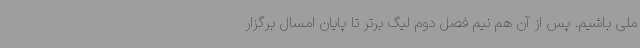
ملی باشیم. پس از آن هم نیم فصل دوم لیگ برتر تا پایان امسال برگزار